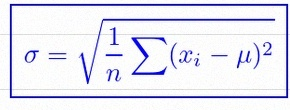
\sigma=\sqrt{\frac1n\sum(x_i-\mu)^2}